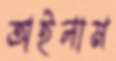
অইলাম